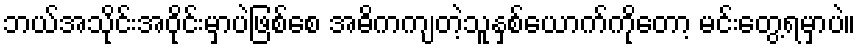
ဘယ်အသိုင်းအဝိုင်းမှာပဲဖြစ်စေ အဓိကကျတဲ့သူနှစ်ယောက်ကိုတော့ မင်းတွေ့ရမှာပဲ။